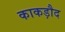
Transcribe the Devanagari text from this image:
काकड़ौद